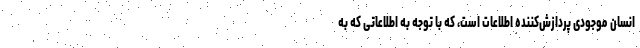
انسان موجودی پردازش‌کننده اطلاعات است، که با توجه به اطلاعاتی که به